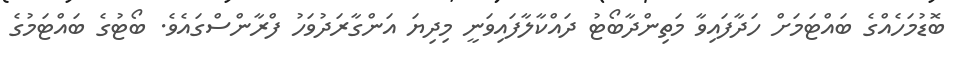
ބޮޑުމަހެއްގެ ބައްޓަމަށް ހަދާފައިވާ މަތިންދާބޯޓު ދައްކާލާފައިވަނީ މިދިޔަ އަންގާރަދުވަހު ފްރާންސްގައެވެ. ބޯޓުގެ ބައްޓަމުގެ